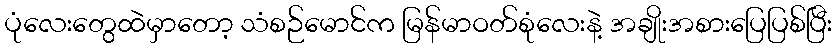
ပုံလေးတွေထဲမှာတော့ သံစဉ်မောင်က မြန်မာဝတ်စုံလေးနဲ့ အချိုးအစားပြေပြစ်ပြီး